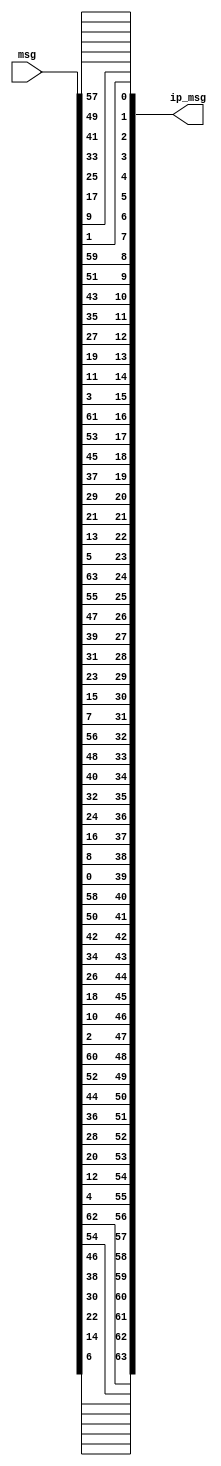
module ip(input[64:1] msg, output [64:1] ip_msg);
    assign ip_msg[1] = msg[58];
    assign ip_msg[2] = msg[50];
    assign ip_msg[3] = msg[42];
    assign ip_msg[4] = msg[34];
    assign ip_msg[5] = msg[26];
    assign ip_msg[6] = msg[18];
    assign ip_msg[7] = msg[10];
    assign ip_msg[8] = msg[2];
    assign ip_msg[9] = msg[60];
    assign ip_msg[10] = msg[52];
    assign ip_msg[11] = msg[44];
    assign ip_msg[12] = msg[36];
    assign ip_msg[13] = msg[28];
    assign ip_msg[14] = msg[20];
    assign ip_msg[15] = msg[12];
    assign ip_msg[16] = msg[4];
    assign ip_msg[17] = msg[62];
    assign ip_msg[18] = msg[54];
    assign ip_msg[19] = msg[46];
    assign ip_msg[20] = msg[38];
    assign ip_msg[21] = msg[30];
    assign ip_msg[22] = msg[22];
    assign ip_msg[23] = msg[14];
    assign ip_msg[24] = msg[6];
    assign ip_msg[25] = msg[64];
    assign ip_msg[26] = msg[56];
    assign ip_msg[27] = msg[48];
    assign ip_msg[28] = msg[40];
    assign ip_msg[29] = msg[32];
    assign ip_msg[30] = msg[24];
    assign ip_msg[31] = msg[16];
    assign ip_msg[32] = msg[8];
    assign ip_msg[33] = msg[57];
    assign ip_msg[34] = msg[49];
    assign ip_msg[35] = msg[41];
    assign ip_msg[36] = msg[33];
    assign ip_msg[37] = msg[25];
    assign ip_msg[38] = msg[17];
    assign ip_msg[39] = msg[9];
    assign ip_msg[40] = msg[1];
    assign ip_msg[41] = msg[59];
    assign ip_msg[42] = msg[51];
    assign ip_msg[43] = msg[43];
    assign ip_msg[44] = msg[35];
    assign ip_msg[45] = msg[27];
    assign ip_msg[46] = msg[19];
    assign ip_msg[47] = msg[11];
    assign ip_msg[48] = msg[3];
    assign ip_msg[49] = msg[61];
    assign ip_msg[50] = msg[53];
    assign ip_msg[51] = msg[45];
    assign ip_msg[52] = msg[37];
    assign ip_msg[53] = msg[29];
    assign ip_msg[54] = msg[21];
    assign ip_msg[55] = msg[13];
    assign ip_msg[56] = msg[5];
    assign ip_msg[57] = msg[63];
    assign ip_msg[58] = msg[55];
    assign ip_msg[59] = msg[47];
    assign ip_msg[60] = msg[39];
    assign ip_msg[61] = msg[31];
    assign ip_msg[62] = msg[23];
    assign ip_msg[63] = msg[15];
    assign ip_msg[64] = msg[7];
endmodule

module ip_inverse(input[64:1] msg, output [64:1] ipin_msg);
    assign ipin_msg[1] = msg[40];
    assign ipin_msg[2] = msg[8];
    assign ipin_msg[3] = msg[48];
    assign ipin_msg[4] = msg[16];
    assign ipin_msg[5] = msg[56];
    assign ipin_msg[6] = msg[24];
    assign ipin_msg[7] = msg[64];
    assign ipin_msg[8] = msg[32];
    assign ipin_msg[9] = msg[39];
    assign ipin_msg[10] = msg[7];
    assign ipin_msg[11] = msg[47];
    assign ipin_msg[12] = msg[15];
    assign ipin_msg[13] = msg[55];
    assign ipin_msg[14] = msg[23];
    assign ipin_msg[15] = msg[63];
    assign ipin_msg[16] = msg[31];
    assign ipin_msg[17] = msg[38];
    assign ipin_msg[18] = msg[6];
    assign ipin_msg[19] = msg[46];
    assign ipin_msg[20] = msg[14];
    assign ipin_msg[21] = msg[54];
    assign ipin_msg[22] = msg[22];
    assign ipin_msg[23] = msg[62];
    assign ipin_msg[24] = msg[30];
    assign ipin_msg[25] = msg[37];
    assign ipin_msg[26] = msg[5];
    assign ipin_msg[27] = msg[45];
    assign ipin_msg[28] = msg[13];
    assign ipin_msg[29] = msg[53];
    assign ipin_msg[30] = msg[21];
    assign ipin_msg[31] = msg[61];
    assign ipin_msg[32] = msg[29];
    assign ipin_msg[33] = msg[36];
    assign ipin_msg[34] = msg[4];
    assign ipin_msg[35] = msg[44];
    assign ipin_msg[36] = msg[12];
    assign ipin_msg[37] = msg[52];
    assign ipin_msg[38] = msg[20];
    assign ipin_msg[39] = msg[60];
    assign ipin_msg[40] = msg[28];
    assign ipin_msg[41] = msg[35];
    assign ipin_msg[42] = msg[3];
    assign ipin_msg[43] = msg[43];
    assign ipin_msg[44] = msg[11];
    assign ipin_msg[45] = msg[51];
    assign ipin_msg[46] = msg[19];
    assign ipin_msg[47] = msg[59];
    assign ipin_msg[48] = msg[27];
    assign ipin_msg[49] = msg[34];
    assign ipin_msg[50] = msg[2];
    assign ipin_msg[51] = msg[42];
    assign ipin_msg[52] = msg[10];
    assign ipin_msg[53] = msg[50];
    assign ipin_msg[54] = msg[18];
    assign ipin_msg[55] = msg[58];
    assign ipin_msg[56] = msg[26];
    assign ipin_msg[57] = msg[33];
    assign ipin_msg[58] = msg[1];
    assign ipin_msg[59] = msg[41];
    assign ipin_msg[60] = msg[9];
    assign ipin_msg[61] = msg[49];
    assign ipin_msg[62] = msg[17];
    assign ipin_msg[63] = msg[57];
    assign ipin_msg[64] = msg[25];
endmodule

module e(input[32:1] msg_r, output [48:1] emsg_r);
    assign emsg_r[1] = msg_r[32];
    assign emsg_r[2] = msg_r[1];
    assign emsg_r[3] = msg_r[2];
    assign emsg_r[4] = msg_r[3];
    assign emsg_r[5] = msg_r[4];
    assign emsg_r[6] = msg_r[5];
    assign emsg_r[7] = msg_r[4];
    assign emsg_r[8] = msg_r[5];
    assign emsg_r[9] = msg_r[6];
    assign emsg_r[10] = msg_r[7];
    assign emsg_r[11] = msg_r[8];
    assign emsg_r[12] = msg_r[9];
    assign emsg_r[13] = msg_r[8];
    assign emsg_r[14] = msg_r[9];
    assign emsg_r[15] = msg_r[10];
    assign emsg_r[16] = msg_r[11];
    assign emsg_r[17] = msg_r[12];
    assign emsg_r[18] = msg_r[13];
    assign emsg_r[19] = msg_r[12];
    assign emsg_r[20] = msg_r[13];
    assign emsg_r[21] = msg_r[14];
    assign emsg_r[22] = msg_r[15];
    assign emsg_r[23] = msg_r[16];
    assign emsg_r[24] = msg_r[17];
    assign emsg_r[25] = msg_r[16];
    assign emsg_r[26] = msg_r[17];
    assign emsg_r[27] = msg_r[18];
    assign emsg_r[28] = msg_r[19];
    assign emsg_r[29] = msg_r[20];
    assign emsg_r[30] = msg_r[21];
    assign emsg_r[31] = msg_r[20];
    assign emsg_r[32] = msg_r[21];
    assign emsg_r[33] = msg_r[22];
    assign emsg_r[34] = msg_r[23];
    assign emsg_r[35] = msg_r[24];
    assign emsg_r[36] = msg_r[25];
    assign emsg_r[37] = msg_r[24];
    assign emsg_r[38] = msg_r[25];
    assign emsg_r[39] = msg_r[26];
    assign emsg_r[40] = msg_r[27];
    assign emsg_r[41] = msg_r[28];
    assign emsg_r[42] = msg_r[29];
    assign emsg_r[43] = msg_r[28];
    assign emsg_r[44] = msg_r[29];
    assign emsg_r[45] = msg_r[30];
    assign emsg_r[46] = msg_r[31];
    assign emsg_r[47] = msg_r[32];
    assign emsg_r[48] = msg_r[1];
endmodule

module p_sbox(input[32:1] msg, output [32:1] p_msg);
    assign p_msg[1] = msg[16];
    assign p_msg[2] = msg[7];
    assign p_msg[3] = msg[20];
    assign p_msg[4] = msg[21];
    assign p_msg[5] = msg[29];
    assign p_msg[6] = msg[12];
    assign p_msg[7] = msg[28];
    assign p_msg[8] = msg[17];
    assign p_msg[9] = msg[1];
    assign p_msg[10] = msg[15];
    assign p_msg[11] = msg[23];
    assign p_msg[12] = msg[26];
    assign p_msg[13] = msg[5];
    assign p_msg[14] = msg[18];
    assign p_msg[15] = msg[31];
    assign p_msg[16] = msg[10];
    assign p_msg[17] = msg[2];
    assign p_msg[18] = msg[8];
    assign p_msg[19] = msg[24];
    assign p_msg[20] = msg[14];
    assign p_msg[21] = msg[32];
    assign p_msg[22] = msg[27];
    assign p_msg[23] = msg[3];
    assign p_msg[24] = msg[9];
    assign p_msg[25] = msg[19];
    assign p_msg[26] = msg[13];
    assign p_msg[27] = msg[30];
    assign p_msg[28] = msg[6];
    assign p_msg[29] = msg[22];
    assign p_msg[30] = msg[11];
    assign p_msg[31] = msg[4];
    assign p_msg[32] = msg[25];
endmodule

module s_box(input[6:1] B, input[3:0] s_box_id, output reg [4:1] SBOX);
    wire [2:1] i;
    wire [4:1] j;
    wire [3:0] S1[3:0][15:0];
    wire [3:0] S2[3:0][15:0];
    wire [3:0] S3[3:0][15:0];
    wire [3:0] S4[3:0][15:0];
    wire [3:0] S5[3:0][15:0];
    wire [3:0] S6[3:0][15:0];
    wire [3:0] S7[3:0][15:0];
    wire [3:0] S8[3:0][15:0];
    
    assign S1[0][0] = 14;
    assign S1[0][1] = 4;
    assign S1[0][2] = 13;
    assign S1[0][3] = 1;
    assign S1[0][4] = 2;
    assign S1[0][5] = 15;
    assign S1[0][6] = 11;
    assign S1[0][7] = 8;
    assign S1[0][8] = 3;
    assign S1[0][9] = 10;
    assign S1[0][10] = 6;
    assign S1[0][11] = 12;
    assign S1[0][12] = 5;
    assign S1[0][13] = 9;
    assign S1[0][14] = 0;
    assign S1[0][15] = 7;
    assign S1[1][0] = 0;
    assign S1[1][1] = 15;
    assign S1[1][2] = 7;
    assign S1[1][3] = 4;
    assign S1[1][4] = 14;
    assign S1[1][5] = 2;
    assign S1[1][6] = 13;
    assign S1[1][7] = 1;
    assign S1[1][8] = 10;
    assign S1[1][9] = 6;
    assign S1[1][10] = 12;
    assign S1[1][11] = 11;
    assign S1[1][12] = 9;
    assign S1[1][13] = 5;
    assign S1[1][14] = 3;
    assign S1[1][15] = 8;
    assign S1[2][0] = 4;
    assign S1[2][1] = 1;
    assign S1[2][2] = 14;
    assign S1[2][3] = 8;
    assign S1[2][4] = 13;
    assign S1[2][5] = 6;
    assign S1[2][6] = 2;
    assign S1[2][7] = 11;
    assign S1[2][8] = 15;
    assign S1[2][9] = 12;
    assign S1[2][10] = 9;
    assign S1[2][11] = 7;
    assign S1[2][12] = 3;
    assign S1[2][13] = 10;
    assign S1[2][14] = 5;
    assign S1[2][15] = 0;
    assign S1[3][0] = 15;
    assign S1[3][1] = 12;
    assign S1[3][2] = 8;
    assign S1[3][3] = 2;
    assign S1[3][4] = 4;
    assign S1[3][5] = 9;
    assign S1[3][6] = 1;
    assign S1[3][7] = 7;
    assign S1[3][8] = 5;
    assign S1[3][9] = 11;
    assign S1[3][10] = 3;
    assign S1[3][11] = 14;
    assign S1[3][12] = 10;
    assign S1[3][13] = 0;
    assign S1[3][14] = 6;
    assign S1[3][15] = 13;
    assign S2[0][0] = 15;
    assign S2[0][1] = 1;
    assign S2[0][2] = 8;
    assign S2[0][3] = 14;
    assign S2[0][4] = 6;
    assign S2[0][5] = 11;
    assign S2[0][6] = 3;
    assign S2[0][7] = 4;
    assign S2[0][8] = 9;
    assign S2[0][9] = 7;
    assign S2[0][10] = 2;
    assign S2[0][11] = 13;
    assign S2[0][12] = 12;
    assign S2[0][13] = 0;
    assign S2[0][14] = 5;
    assign S2[0][15] = 10;
    assign S2[1][0] = 3;
    assign S2[1][1] = 13;
    assign S2[1][2] = 4;
    assign S2[1][3] = 7;
    assign S2[1][4] = 15;
    assign S2[1][5] = 2;
    assign S2[1][6] = 8;
    assign S2[1][7] = 14;
    assign S2[1][8] = 12;
    assign S2[1][9] = 0;
    assign S2[1][10] = 1;
    assign S2[1][11] = 10;
    assign S2[1][12] = 6;
    assign S2[1][13] = 9;
    assign S2[1][14] = 11;
    assign S2[1][15] = 5;
    assign S2[2][0] = 0;
    assign S2[2][1] = 14;
    assign S2[2][2] = 7;
    assign S2[2][3] = 11;
    assign S2[2][4] = 10;
    assign S2[2][5] = 4;
    assign S2[2][6] = 13;
    assign S2[2][7] = 1;
    assign S2[2][8] = 5;
    assign S2[2][9] = 8;
    assign S2[2][10] = 12;
    assign S2[2][11] = 6;
    assign S2[2][12] = 9;
    assign S2[2][13] = 3;
    assign S2[2][14] = 2;
    assign S2[2][15] = 15;
    assign S2[3][0] = 13;
    assign S2[3][1] = 8;
    assign S2[3][2] = 10;
    assign S2[3][3] = 1;
    assign S2[3][4] = 3;
    assign S2[3][5] = 15;
    assign S2[3][6] = 4;
    assign S2[3][7] = 2;
    assign S2[3][8] = 11;
    assign S2[3][9] = 6;
    assign S2[3][10] = 7;
    assign S2[3][11] = 12;
    assign S2[3][12] = 0;
    assign S2[3][13] = 5;
    assign S2[3][14] = 14;
    assign S2[3][15] = 9;
    assign S3[0][0] = 10;
    assign S3[0][1] = 0;
    assign S3[0][2] = 9;
    assign S3[0][3] = 14;
    assign S3[0][4] = 6;
    assign S3[0][5] = 3;
    assign S3[0][6] = 15;
    assign S3[0][7] = 5;
    assign S3[0][8] = 1;
    assign S3[0][9] = 13;
    assign S3[0][10] = 12;
    assign S3[0][11] = 7;
    assign S3[0][12] = 11;
    assign S3[0][13] = 4;
    assign S3[0][14] = 2;
    assign S3[0][15] = 8;
    assign S3[1][0] = 13;
    assign S3[1][1] = 7;
    assign S3[1][2] = 0;
    assign S3[1][3] = 9;
    assign S3[1][4] = 3;
    assign S3[1][5] = 4;
    assign S3[1][6] = 6;
    assign S3[1][7] = 10;
    assign S3[1][8] = 2;
    assign S3[1][9] = 8;
    assign S3[1][10] = 5;
    assign S3[1][11] = 14;
    assign S3[1][12] = 12;
    assign S3[1][13] = 11;
    assign S3[1][14] = 15;
    assign S3[1][15] = 1;
    assign S3[2][0] = 13;
    assign S3[2][1] = 6;
    assign S3[2][2] = 4;
    assign S3[2][3] = 9;
    assign S3[2][4] = 8;
    assign S3[2][5] = 15;
    assign S3[2][6] = 3;
    assign S3[2][7] = 0;
    assign S3[2][8] = 11;
    assign S3[2][9] = 1;
    assign S3[2][10] = 2;
    assign S3[2][11] = 12;
    assign S3[2][12] = 5;
    assign S3[2][13] = 10;
    assign S3[2][14] = 14;
    assign S3[2][15] = 7;
    assign S3[3][0] = 1;
    assign S3[3][1] = 10;
    assign S3[3][2] = 13;
    assign S3[3][3] = 0;
    assign S3[3][4] = 6;
    assign S3[3][5] = 9;
    assign S3[3][6] = 8;
    assign S3[3][7] = 7;
    assign S3[3][8] = 4;
    assign S3[3][9] = 15;
    assign S3[3][10] = 14;
    assign S3[3][11] = 3;
    assign S3[3][12] = 11;
    assign S3[3][13] = 5;
    assign S3[3][14] = 2;
    assign S3[3][15] = 12;
    assign S4[0][0] = 7;
    assign S4[0][1] = 13;
    assign S4[0][2] = 14;
    assign S4[0][3] = 3;
    assign S4[0][4] = 0;
    assign S4[0][5] = 6;
    assign S4[0][6] = 9;
    assign S4[0][7] = 10;
    assign S4[0][8] = 1;
    assign S4[0][9] = 2;
    assign S4[0][10] = 8;
    assign S4[0][11] = 5;
    assign S4[0][12] = 11;
    assign S4[0][13] = 12;
    assign S4[0][14] = 4;
    assign S4[0][15] = 15;
    assign S4[1][0] = 13;
    assign S4[1][1] = 8;
    assign S4[1][2] = 11;
    assign S4[1][3] = 5;
    assign S4[1][4] = 6;
    assign S4[1][5] = 15;
    assign S4[1][6] = 0;
    assign S4[1][7] = 3;
    assign S4[1][8] = 4;
    assign S4[1][9] = 7;
    assign S4[1][10] = 2;
    assign S4[1][11] = 12;
    assign S4[1][12] = 1;
    assign S4[1][13] = 10;
    assign S4[1][14] = 14;
    assign S4[1][15] = 9;
    assign S4[2][0] = 10;
    assign S4[2][1] = 6;
    assign S4[2][2] = 9;
    assign S4[2][3] = 0;
    assign S4[2][4] = 12;
    assign S4[2][5] = 11;
    assign S4[2][6] = 7;
    assign S4[2][7] = 13;
    assign S4[2][8] = 15;
    assign S4[2][9] = 1;
    assign S4[2][10] = 3;
    assign S4[2][11] = 14;
    assign S4[2][12] = 5;
    assign S4[2][13] = 2;
    assign S4[2][14] = 8;
    assign S4[2][15] = 4;
    assign S4[3][0] = 3;
    assign S4[3][1] = 15;
    assign S4[3][2] = 0;
    assign S4[3][3] = 6;
    assign S4[3][4] = 10;
    assign S4[3][5] = 1;
    assign S4[3][6] = 13;
    assign S4[3][7] = 8;
    assign S4[3][8] = 9;
    assign S4[3][9] = 4;
    assign S4[3][10] = 5;
    assign S4[3][11] = 11;
    assign S4[3][12] = 12;
    assign S4[3][13] = 7;
    assign S4[3][14] = 2;
    assign S4[3][15] = 14;
    assign S5[0][0] = 2;
    assign S5[0][1] = 12;
    assign S5[0][2] = 4;
    assign S5[0][3] = 1;
    assign S5[0][4] = 7;
    assign S5[0][5] = 10;
    assign S5[0][6] = 11;
    assign S5[0][7] = 6;
    assign S5[0][8] = 8;
    assign S5[0][9] = 5;
    assign S5[0][10] = 3;
    assign S5[0][11] = 15;
    assign S5[0][12] = 13;
    assign S5[0][13] = 0;
    assign S5[0][14] = 14;
    assign S5[0][15] = 9;
    assign S5[1][0] = 14;
    assign S5[1][1] = 11;
    assign S5[1][2] = 2;
    assign S5[1][3] = 12;
    assign S5[1][4] = 4;
    assign S5[1][5] = 7;
    assign S5[1][6] = 13;
    assign S5[1][7] = 1;
    assign S5[1][8] = 5;
    assign S5[1][9] = 0;
    assign S5[1][10] = 15;
    assign S5[1][11] = 10;
    assign S5[1][12] = 3;
    assign S5[1][13] = 9;
    assign S5[1][14] = 8;
    assign S5[1][15] = 6;
    assign S5[2][0] = 4;
    assign S5[2][1] = 2;
    assign S5[2][2] = 1;
    assign S5[2][3] = 11;
    assign S5[2][4] = 10;
    assign S5[2][5] = 13;
    assign S5[2][6] = 7;
    assign S5[2][7] = 8;
    assign S5[2][8] = 15;
    assign S5[2][9] = 9;
    assign S5[2][10] = 12;
    assign S5[2][11] = 5;
    assign S5[2][12] = 6;
    assign S5[2][13] = 3;
    assign S5[2][14] = 0;
    assign S5[2][15] = 14;
    assign S5[3][0] = 11;
    assign S5[3][1] = 8;
    assign S5[3][2] = 12;
    assign S5[3][3] = 7;
    assign S5[3][4] = 1;
    assign S5[3][5] = 14;
    assign S5[3][6] = 2;
    assign S5[3][7] = 13;
    assign S5[3][8] = 6;
    assign S5[3][9] = 15;
    assign S5[3][10] = 0;
    assign S5[3][11] = 9;
    assign S5[3][12] = 10;
    assign S5[3][13] = 4;
    assign S5[3][14] = 5;
    assign S5[3][15] = 3;
    assign S6[0][0] = 12;
    assign S6[0][1] = 1;
    assign S6[0][2] = 10;
    assign S6[0][3] = 15;
    assign S6[0][4] = 9;
    assign S6[0][5] = 2;
    assign S6[0][6] = 6;
    assign S6[0][7] = 8;
    assign S6[0][8] = 0;
    assign S6[0][9] = 13;
    assign S6[0][10] = 3;
    assign S6[0][11] = 4;
    assign S6[0][12] = 14;
    assign S6[0][13] = 7;
    assign S6[0][14] = 5;
    assign S6[0][15] = 11;
    assign S6[1][0] = 10;
    assign S6[1][1] = 15;
    assign S6[1][2] = 4;
    assign S6[1][3] = 2;
    assign S6[1][4] = 7;
    assign S6[1][5] = 12;
    assign S6[1][6] = 9;
    assign S6[1][7] = 5;
    assign S6[1][8] = 6;
    assign S6[1][9] = 1;
    assign S6[1][10] = 13;
    assign S6[1][11] = 14;
    assign S6[1][12] = 0;
    assign S6[1][13] = 11;
    assign S6[1][14] = 3;
    assign S6[1][15] = 8;
    assign S6[2][0] = 9;
    assign S6[2][1] = 14;
    assign S6[2][2] = 15;
    assign S6[2][3] = 5;
    assign S6[2][4] = 2;
    assign S6[2][5] = 8;
    assign S6[2][6] = 12;
    assign S6[2][7] = 3;
    assign S6[2][8] = 7;
    assign S6[2][9] = 0;
    assign S6[2][10] = 4;
    assign S6[2][11] = 10;
    assign S6[2][12] = 1;
    assign S6[2][13] = 13;
    assign S6[2][14] = 11;
    assign S6[2][15] = 6;
    assign S6[3][0] = 4;
    assign S6[3][1] = 3;
    assign S6[3][2] = 2;
    assign S6[3][3] = 12;
    assign S6[3][4] = 9;
    assign S6[3][5] = 5;
    assign S6[3][6] = 15;
    assign S6[3][7] = 10;
    assign S6[3][8] = 11;
    assign S6[3][9] = 14;
    assign S6[3][10] = 1;
    assign S6[3][11] = 7;
    assign S6[3][12] = 6;
    assign S6[3][13] = 0;
    assign S6[3][14] = 8;
    assign S6[3][15] = 13;
    assign S7[0][0] = 4;
    assign S7[0][1] = 11;
    assign S7[0][2] = 2;
    assign S7[0][3] = 14;
    assign S7[0][4] = 15;
    assign S7[0][5] = 0;
    assign S7[0][6] = 8;
    assign S7[0][7] = 13;
    assign S7[0][8] = 3;
    assign S7[0][9] = 12;
    assign S7[0][10] = 9;
    assign S7[0][11] = 7;
    assign S7[0][12] = 5;
    assign S7[0][13] = 10;
    assign S7[0][14] = 6;
    assign S7[0][15] = 1;
    assign S7[1][0] = 13;
    assign S7[1][1] = 0;
    assign S7[1][2] = 11;
    assign S7[1][3] = 7;
    assign S7[1][4] = 4;
    assign S7[1][5] = 9;
    assign S7[1][6] = 1;
    assign S7[1][7] = 10;
    assign S7[1][8] = 14;
    assign S7[1][9] = 3;
    assign S7[1][10] = 5;
    assign S7[1][11] = 12;
    assign S7[1][12] = 2;
    assign S7[1][13] = 15;
    assign S7[1][14] = 8;
    assign S7[1][15] = 6;
    assign S7[2][0] = 1;
    assign S7[2][1] = 4;
    assign S7[2][2] = 11;
    assign S7[2][3] = 13;
    assign S7[2][4] = 12;
    assign S7[2][5] = 3;
    assign S7[2][6] = 7;
    assign S7[2][7] = 14;
    assign S7[2][8] = 10;
    assign S7[2][9] = 15;
    assign S7[2][10] = 6;
    assign S7[2][11] = 8;
    assign S7[2][12] = 0;
    assign S7[2][13] = 5;
    assign S7[2][14] = 9;
    assign S7[2][15] = 2;
    assign S7[3][0] = 6;
    assign S7[3][1] = 11;
    assign S7[3][2] = 13;
    assign S7[3][3] = 8;
    assign S7[3][4] = 1;
    assign S7[3][5] = 4;
    assign S7[3][6] = 10;
    assign S7[3][7] = 7;
    assign S7[3][8] = 9;
    assign S7[3][9] = 5;
    assign S7[3][10] = 0;
    assign S7[3][11] = 15;
    assign S7[3][12] = 14;
    assign S7[3][13] = 2;
    assign S7[3][14] = 3;
    assign S7[3][15] = 12;
    assign S8[0][0] = 13;
    assign S8[0][1] = 2;
    assign S8[0][2] = 8;
    assign S8[0][3] = 4;
    assign S8[0][4] = 6;
    assign S8[0][5] = 15;
    assign S8[0][6] = 11;
    assign S8[0][7] = 1;
    assign S8[0][8] = 10;
    assign S8[0][9] = 9;
    assign S8[0][10] = 3;
    assign S8[0][11] = 14;
    assign S8[0][12] = 5;
    assign S8[0][13] = 0;
    assign S8[0][14] = 12;
    assign S8[0][15] = 7;
    assign S8[1][0] = 1;
    assign S8[1][1] = 15;
    assign S8[1][2] = 13;
    assign S8[1][3] = 8;
    assign S8[1][4] = 10;
    assign S8[1][5] = 3;
    assign S8[1][6] = 7;
    assign S8[1][7] = 4;
    assign S8[1][8] = 12;
    assign S8[1][9] = 5;
    assign S8[1][10] = 6;
    assign S8[1][11] = 11;
    assign S8[1][12] = 0;
    assign S8[1][13] = 14;
    assign S8[1][14] = 9;
    assign S8[1][15] = 2;
    assign S8[2][0] = 7;
    assign S8[2][1] = 11;
    assign S8[2][2] = 4;
    assign S8[2][3] = 1;
    assign S8[2][4] = 9;
    assign S8[2][5] = 12;
    assign S8[2][6] = 14;
    assign S8[2][7] = 2;
    assign S8[2][8] = 0;
    assign S8[2][9] = 6;
    assign S8[2][10] = 10;
    assign S8[2][11] = 13;
    assign S8[2][12] = 15;
    assign S8[2][13] = 3;
    assign S8[2][14] = 5;
    assign S8[2][15] = 8;
    assign S8[3][0] = 2;
    assign S8[3][1] = 1;
    assign S8[3][2] = 14;
    assign S8[3][3] = 7;
    assign S8[3][4] = 4;
    assign S8[3][5] = 10;
    assign S8[3][6] = 8;
    assign S8[3][7] = 13;
    assign S8[3][8] = 15;
    assign S8[3][9] = 12;
    assign S8[3][10] = 9;
    assign S8[3][11] = 0;
    assign S8[3][12] = 3;
    assign S8[3][13] = 5;
    assign S8[3][14] = 6;
    assign S8[3][15] = 11;
    assign i[2:1] = {B[6], B[1]};
    assign j[4:1] = B[5:2];

    always @(*) begin
        case(s_box_id)
            4'b0001:  SBOX = S1[i][j];
            4'b0010:  SBOX = S2[i][j];
            4'b0011:  SBOX = S3[i][j];
            4'b0100:  SBOX = S4[i][j];
            4'b0101:  SBOX = S5[i][j];
            4'b0110:  SBOX = S6[i][j];
            4'b0111:  SBOX = S7[i][j];
            4'b1000:  SBOX = S8[i][j];
        endcase
    end
endmodule

module f(input[32:1] msg_r, input[48:1] key, output[32:1] f_out);
    wire[48:1] temp,emsg_r;
    wire[32:1] temp_s_box;
    wire[4:1] s_box1,s_box2,s_box3,s_box4,s_box5,s_box6,s_box7,s_box8;
    wire [5:0] B1,B2,B3,B4,B5,B6,B7,B8;

    e inst(msg_r, emsg_r);

    assign temp = key ^ emsg_r;

    assign B8 = temp[48:43];
    assign B7 = temp[42:37];
    assign B6 = temp[36:31];
    assign B5 = temp[30:25];
    assign B4 = temp[24:19];
    assign B3 = temp[18:13];
    assign B2 = temp[12:7];
    assign B1 = temp[6:1];

    s_box s1(B1, 4'd1, s_box1);
    s_box s2(B2, 4'd2, s_box2);
    s_box s3(B3, 4'd3, s_box3);
    s_box s4(B4, 4'd4, s_box4);
    s_box s5(B5, 4'd5, s_box5);
    s_box s6(B6, 4'd6, s_box6);
    s_box s7(B7, 4'd7, s_box7);
    s_box s8(B8, 4'd8, s_box8);
    
    assign temp_s_box = {s_box1,s_box2,s_box3,s_box4,s_box5,s_box6,s_box7,s_box8};
    
    p_sbox obj(temp_s_box, f_out);

    initial begin
        #6
        $display("e_msg_r = %b",emsg_r);
        $display("key     = %b",key);
        $display("sbox_i  = %b",temp);
        $display("sbox_o  = %b",temp_s_box);
        $display("f_out   = %b",f_out);
    end
endmodule

module des(input[64:1]msg, input[48:1]key, output[64:1]cipher);
    wire[32:1] msg_l, msg_r;
    wire[64:1] ip_msg;
    wire[64:1] out_msg;
    wire[32:1] fout;
    wire[32:1] r_msg;
    
    ip start_ip(msg,ip_msg);

    assign msg_l=ip_msg[64:33];
    assign msg_r=ip_msg[32:1];

    f start_f(msg_r, key, fout);

    assign r_msg = fout ^ msg_l;
    assign out_msg = {msg_r,r_msg};

    ip_inverse start_ip_in(out_msg,cipher);

    initial begin
        #5
        $display("msg     = %b",msg);
        $display("ip_msg  = %b",ip_msg);
        $display("msg_r   = %b",msg_r);
        #10
        $display("msg_l   = %b",msg_l);
        $display("r_msg   = %b",r_msg);
        $display("out_msg = %b",out_msg);
    end
endmodule

module test_bench();
    reg[64:1] msg;
    reg[48:1] key;
    wire[64:1] cipher;

    des start(msg,key,cipher);
    initial begin
        msg = 64'b1000000000111001100000101001100101000110011111011100011001010101;
        key = 48'b00010011_00110100_01010111_01111001_10011011_10111100;
        #20
        $display("cipher  = %b",cipher);
    end
endmodule